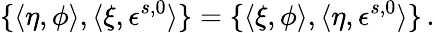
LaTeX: \{ \langle\eta,\phi\rangle,\langle\xi,\epsilon^{s,0}\rangle\} =\{ \langle\xi,\phi\rangle,\langle\eta,\epsilon^{s,0}\rangle\} \, .